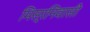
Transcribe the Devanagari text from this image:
मिस्रनिवासी